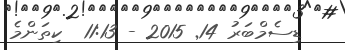
ޑިސެމްބަރު 14